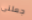
جعلنى